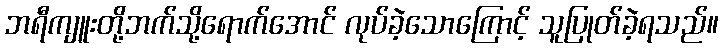
ဘရီကျူးတို့ဘက်သို့ရောက်အောင် လုပ်ခဲ့သောကြောင့် သူပြုတ်ခဲ့ရသည်။